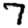
Digit: 7